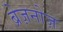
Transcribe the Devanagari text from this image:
ब्रेज़नोज़